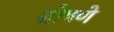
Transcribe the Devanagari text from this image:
शोषणे